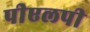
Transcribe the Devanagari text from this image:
पीएलपी